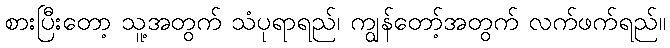
စားပြီးတော့ သူ့အတွက် သံပုရာရည်၊ ကျွန်တော့်အတွက် လက်ဖက်ရည်။